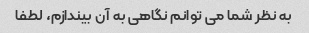
به نظر شما می توانم نگاهی به آن بیندازم، لطفا